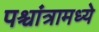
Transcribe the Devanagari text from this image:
पश्चांत्रामध्ये